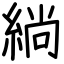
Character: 緔